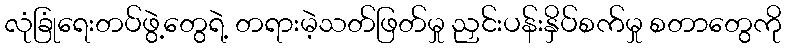
လုံခြုံရေးတပ်ဖွဲ့တွေရဲ့ တရားမဲ့သတ်ဖြတ်မှု ညှင်းပန်းနှိပ်စက်မှု စတာတွေကို